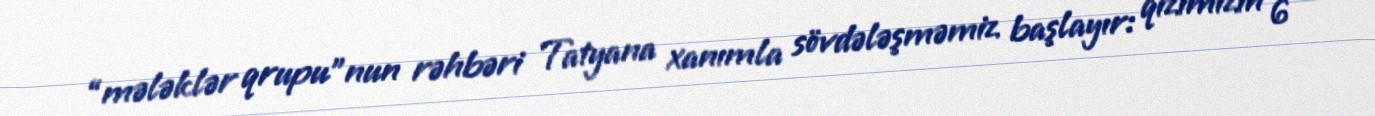
“mələklər qrupu”nun rəhbəri Tatyana xanımla sövdələşməmiz başlayır: qızımızın 6